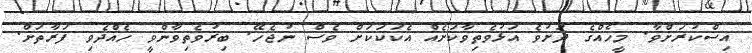
އިސްކުރަށްވާ. މީހެއްގެ ދަށުވެ އަޅުވެތިވާކަށެއް އެކަކަކަށް ވެސް ނުޖެހޭ. ބިރުވެތިވާންވީ ހެއްދެވި ފަރާތަށް.